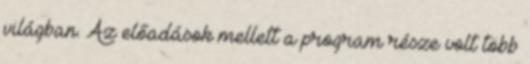
világban. Az előadások mellett a program része volt több